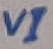
Text: VI